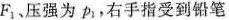
F_{1}、压强为p_{1}，右手指受到铅笔